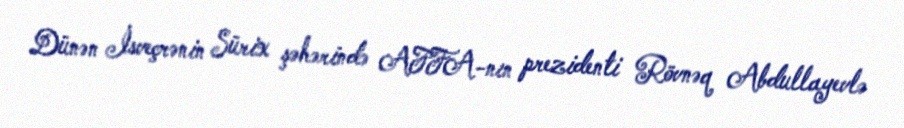
Dünən İsveçrənin Sürix şəhərində AFFA-nın prezidenti Rövnəq Abdullayevlə